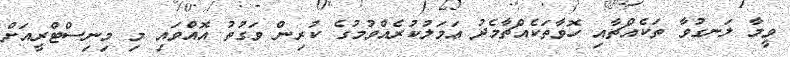
ވީމާ ލަނގުވާ ތަކެއްޗާއި ހޮވާތަކެއްޗާމެދު ޢަމަލުކުރެއްވުމުގެ ކުރިން ވަގުތު އޮއްވައި މި މިނިސްޓްރީއަށް